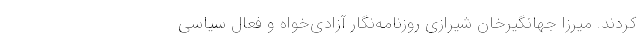
کردند. میرزا جهانگیرخان شیرازی روزنامه‌نگار آزادی‌خواه و فعال سیاسی